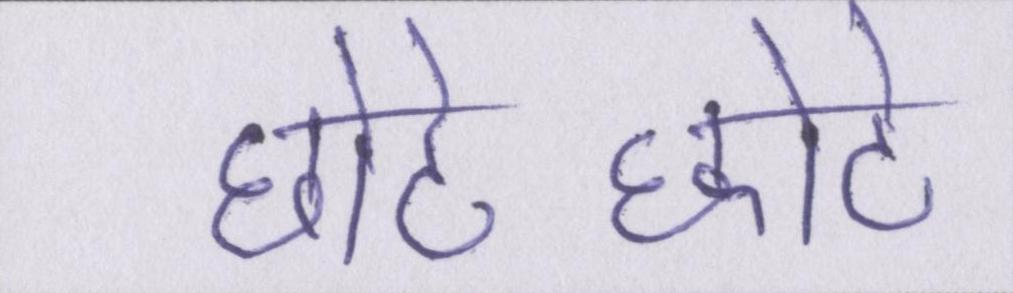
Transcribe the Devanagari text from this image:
छोटे-छोटे